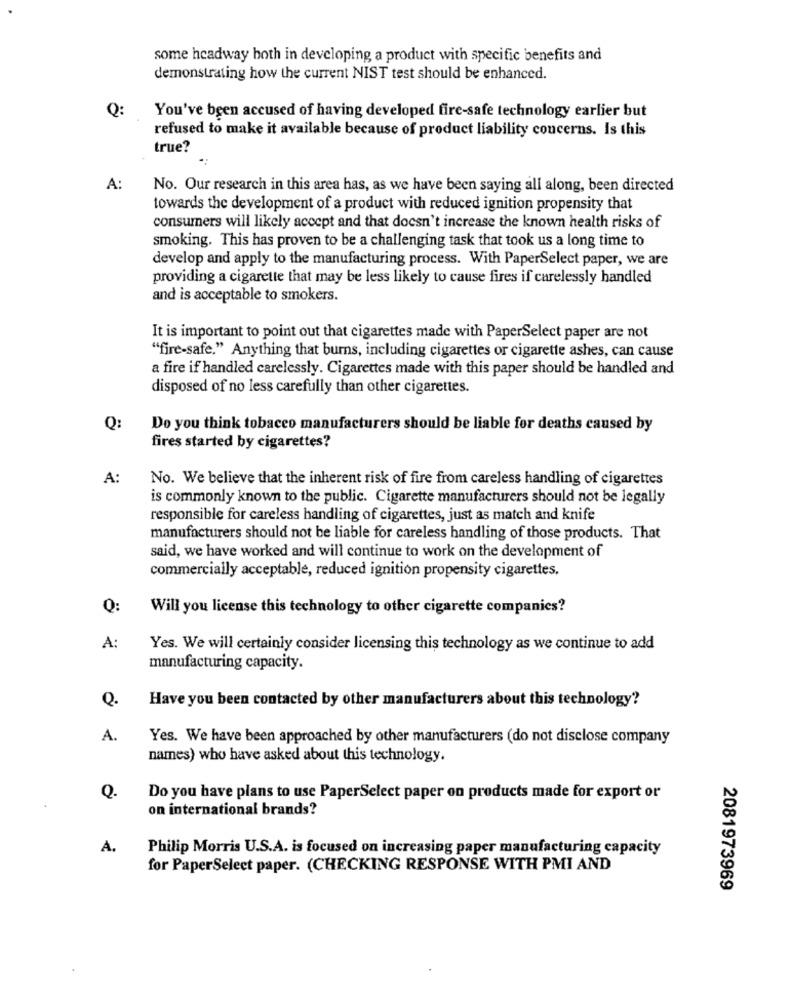
some headway both in developing a product with specific benefits and
demonstrating how the current NIST test should be enhanced.
Q:
You've been accused of having developed fire-safe technology earlier but
refused to make it available because of product liability concerns. Is this
true?
A:
No. Our research in this area has, as we have been saying all along, been directed
towards the development of a product with reduced ignition propensity that
consumers will likely accept and that doesn't increase the known health risks of
smoking. This has proven to be a challenging task that took us a long time to
develop and apply to the manufacturing process. With PaperSelect paper, we are
providing a cigarette that may be less likely to cause fires if carelessly handled
and is acceptable to smokers.
It is important to point out that cigarettes made with PaperSelect paper are not
"fire-safe." Anything that burns, including cigarettes or cigarette ashes, can cause
a fire if handled carelessly. Cigarettes made with this paper should be handled and
disposed of no less carefully than other cigarettes.
Q:
Do you think tobacco manufacturers should be liable for deaths caused by
fires started by cigarettes?
A:
No. We believe that the inherent risk of fire from careless handling of cigarettes
is commonly known to the public. Cigarette manufacturers should not be legally
responsible for careless handling of cigarettes, just as match and knife
manufacturers should not be liable for careless handling of those products. That
said, we have worked and will continue to work on the development of
commercially acceptable, reduced ignition propensity cigarettes.
Q:
Will you license this technology to other cigarette companies?
A:
Yes. We will certainly consider licensing this technology as we continue to add
manufacturing capacity.
Q.
Have you been contacted by other manufacturers about this technology?
A.
Yes. We have been approached by other manufacturers (do not disclose company
names) who have asked about this technology.
Q.
Do you have plans to use PaperSelect paper on products made for export or
on international brands?
A.
Philip Morris U.S.A. is focused on increasing paper manufacturing capacity
for PaperSelect paper. (CHECKING RESPONSE WITH PMI AND
2081973969